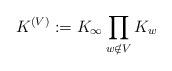
LaTeX: \begin{align*} K^{(V)} := K_{\infty} \prod_{w \notin V} K_w \end{align*}